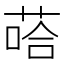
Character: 𱽶